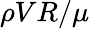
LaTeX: \rho VR/\mu